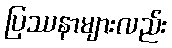
ပြဿနာများလည်း